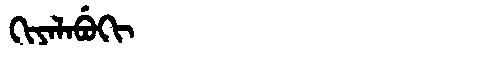
Manchu: ᡴᡳᠶᠠᠯᠠᠪᡠᡴᡳ
Romanization: KIYALABUKI